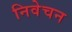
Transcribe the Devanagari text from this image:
निवेचन